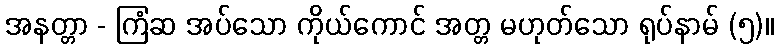
အနတ္တာ - ကြံဆ အပ်သော ကိုယ်ကောင် အတ္တ မဟုတ်သော ရုပ်နာမ် (၅)။